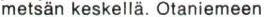
metsän keskellä. Otaniemeen